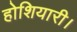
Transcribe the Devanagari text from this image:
होशियारी।